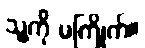
သူ့ကို မကြိုက်။